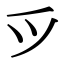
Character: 𫜵